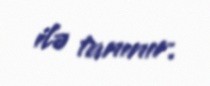
ilə tanınır.